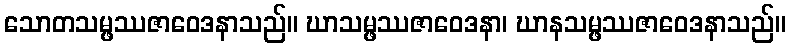
သောတသမ္ဖဿဇာဝေဒနာသည်။ ဃာသမ္ဖဿဇာဝေဒနာ၊ ဃာနသမ္ဖဿဇာဝေဒနာသည်။